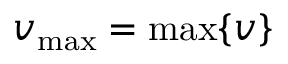
v _ { \operatorname* { m a x } } = \operatorname* { m a x } \{ v \}